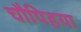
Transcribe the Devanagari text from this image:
चौपिहया